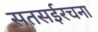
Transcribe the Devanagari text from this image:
सतसईरचना